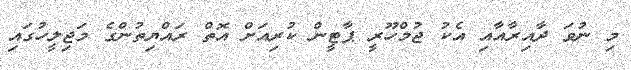
މި ނުވަ ދާއިރާއާއި އެކު ޖުމްހޫރީ ޕާޓީން ކުރިއަށް އޮތް ރައްޔިތުންގެ މަޖިލީހުގައި